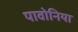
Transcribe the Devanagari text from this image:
पावोनिया